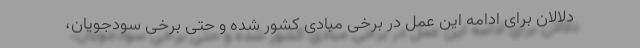
دلالان برای ادامه این عمل در برخی مبادی کشور شده و حتی برخی سودجویان،